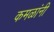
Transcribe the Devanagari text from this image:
कमळांनी